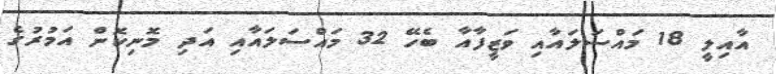
އާއިލީ 18 މައްސަލައާއި ވަޒީފާއާ ބެހޭ 32 މައްސަލައާއި އަދި މޮނިކޮން އަމުރުގެ